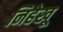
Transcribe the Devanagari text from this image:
निहेखू